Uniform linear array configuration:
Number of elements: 48
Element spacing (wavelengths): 1
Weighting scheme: blackman
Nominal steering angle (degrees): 45
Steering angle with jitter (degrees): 45.675
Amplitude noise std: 0.05
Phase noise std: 0.05

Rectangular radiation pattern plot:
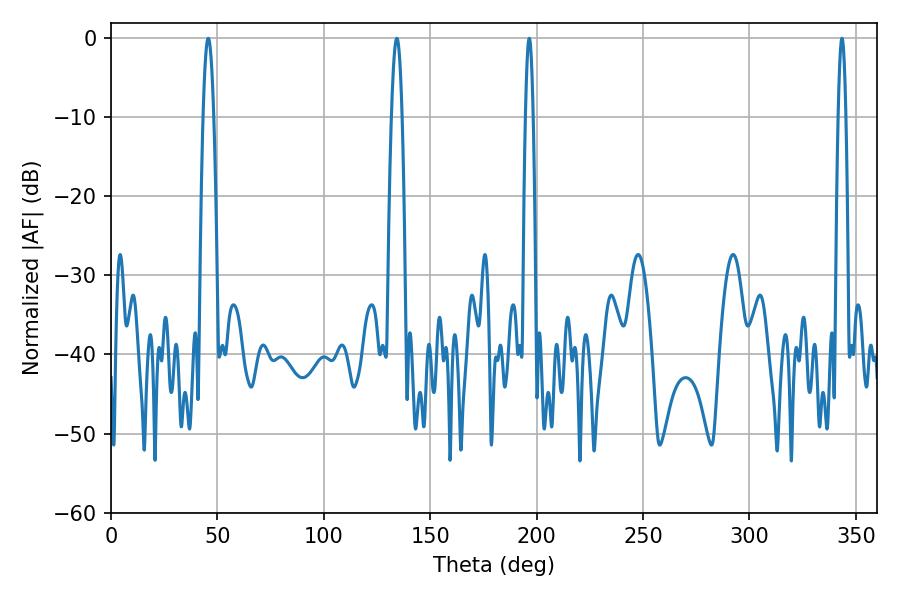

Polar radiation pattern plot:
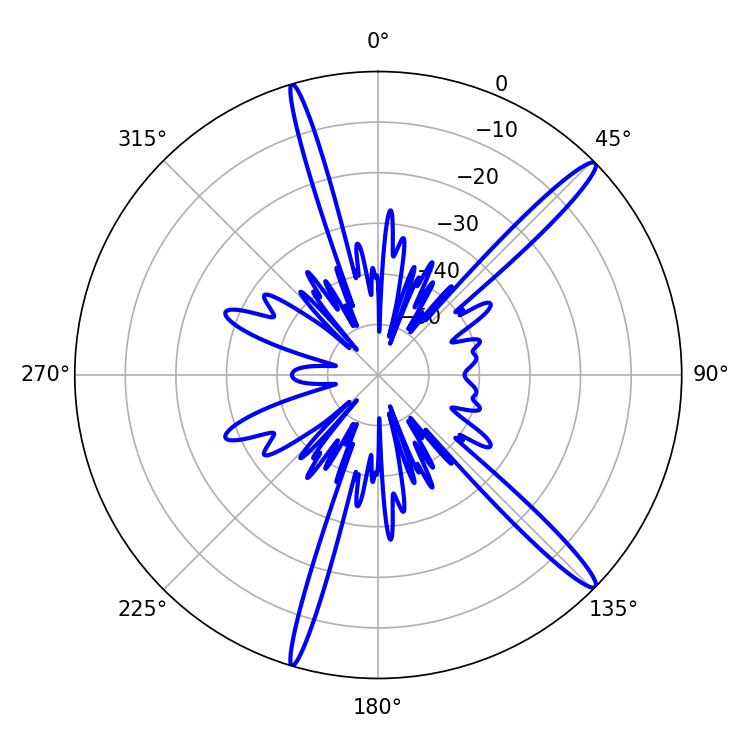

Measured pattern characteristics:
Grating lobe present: TRUE
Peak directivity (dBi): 15.772
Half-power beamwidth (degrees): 2.52
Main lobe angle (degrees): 45.72